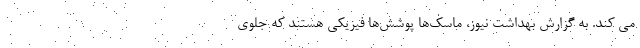
می کند. به گزارش بهداشت نیوز، ماسک‌ها پوشش‌ها فیزیکی هستند که جلوی